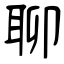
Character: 聊